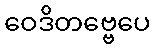
ဝေဒိတဗ္ဗေပေ